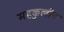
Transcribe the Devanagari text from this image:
महकुलीन